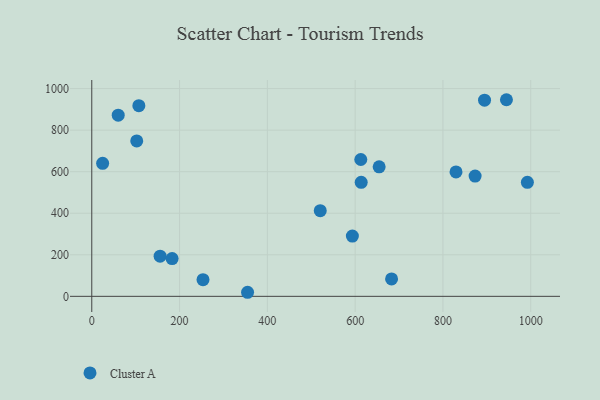
{"axis": {"x": "Experience", "y": "Rating"}, "legend": ["Cluster A"], "data": [{"x": "944.7", "y": 946.4, "type": "Cluster A"}, {"x": "155.7", "y": 193.3, "type": "Cluster A"}, {"x": "612.9", "y": 658.7, "type": "Cluster A"}, {"x": "107.2", "y": 917.9, "type": "Cluster A"}, {"x": "873.3", "y": 579.1, "type": "Cluster A"}, {"x": "992.4", "y": 549.0, "type": "Cluster A"}, {"x": "520.5", "y": 412.3, "type": "Cluster A"}, {"x": "102.4", "y": 748.1, "type": "Cluster A"}, {"x": "593.7", "y": 290.1, "type": "Cluster A"}, {"x": "613.8", "y": 548.8, "type": "Cluster A"}, {"x": "60.2", "y": 872.2, "type": "Cluster A"}, {"x": "829.8", "y": 599.0, "type": "Cluster A"}, {"x": "683.0", "y": 83.8, "type": "Cluster A"}, {"x": "894.8", "y": 944.4, "type": "Cluster A"}, {"x": "24.7", "y": 640.4, "type": "Cluster A"}, {"x": "253.4", "y": 80.2, "type": "Cluster A"}, {"x": "654.7", "y": 623.5, "type": "Cluster A"}, {"x": "183.0", "y": 181.7, "type": "Cluster A"}, {"x": "354.9", "y": 19.5, "type": "Cluster A"}]}